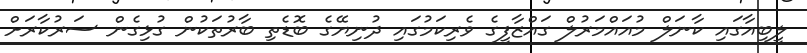
ލީބިއާގައި ކާނަލް މުއައްމަރުލް ގައްޒާފީގެ ވެރިކަމުގައި ދުނިޔޭގެ ބޮޑެތި ބާރުތަކުން ގުޅިގެން ސަރުކާރަށް